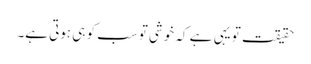
حقیقت تو یہی ہے کہ خوشی تو سب کو ہی ہوتی ہے۔